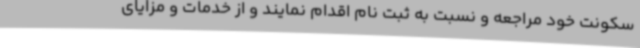
سکونت خود مراجعه و نسبت به ثبت نام اقدام نمایند و از خدمات و مزایای